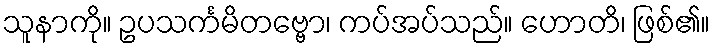
သူနာကို။ ဥပသင်္ကမိတဗ္ဗော၊ ကပ်အပ်သည်။ ဟောတိ၊ ဖြစ်၏။